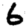
Digit: 6